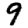
Digit: 9